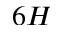
6 H